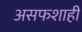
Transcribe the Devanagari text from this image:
असफशाही